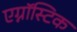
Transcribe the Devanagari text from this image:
एग्नॉस्टिक